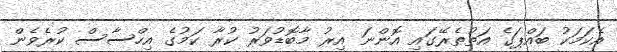
އެކަމަކު ބައްޕަގެ އަތުތެރޭގައި އޮންނަ އިރު މާބޮޑުވަރު ކުރާ ކަމުގެ އިހްސާސް ކުރެވެން